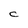
Character: C